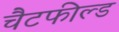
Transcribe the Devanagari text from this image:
चैटफील्ड